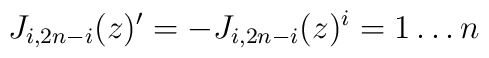
J_{i,2n-i}(z)' = - J_{i,2n-i}(z) \sp i = 1 \ldots n